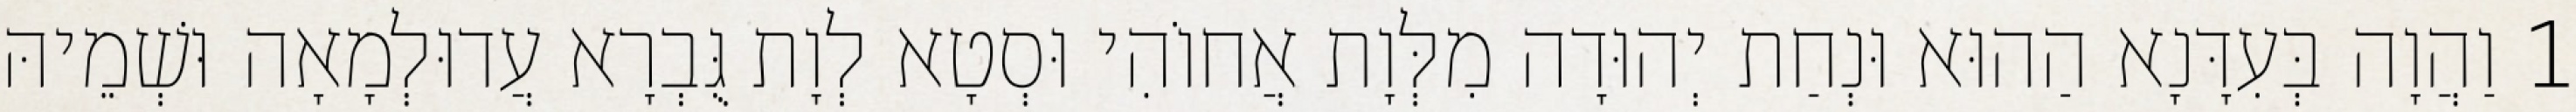
1 וַהֲוָה בְּעִדָּנָא הַהוּא וּנְחַת יְהוּדָה מִלְּוָת אֲחוֹהִי וּסְטָא לְוָת גֻּבְרָא עֲדוּלְמָאָה וּשְׁמֵיהּ